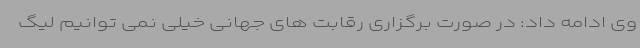
وی ادامه داد: در صورت برگزاری رقابت های جهانی خیلی نمی توانیم لیگ